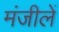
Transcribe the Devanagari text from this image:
मंजीलें